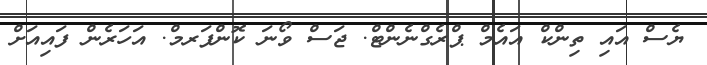
ޔެސް އައި ތިންކް އައެމް ޕްރެގްނެންޓް. ޖަސް ވޯނަ ކޮންފަރމް. އަހަރެން ފައިއަށް